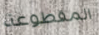
المقطوعة